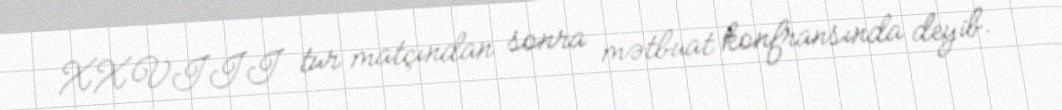
XXVIII tur matçından sonra mətbuat konfransında deyib.